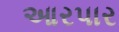
આરપાર